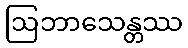
ဩဘာသေန္တဿ